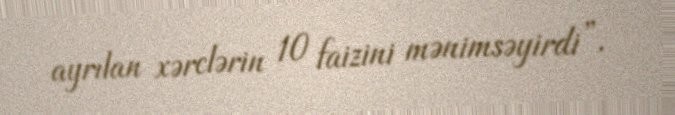
ayrılan xərclərin 10 faizini mənimsəyirdi”.